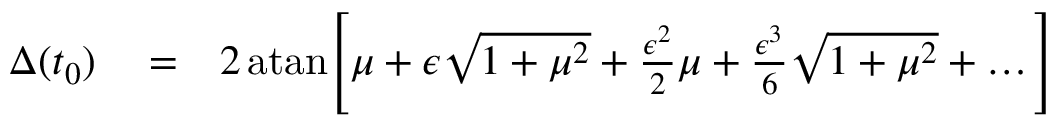
\begin{array} { r l r } { \Delta ( t _ { 0 } ) } & { { } = } & { 2 \, \mathrm { a t a n } \Bigg [ \mu + \epsilon \sqrt { 1 + \mu ^ { 2 } } + { \frac { \epsilon ^ { 2 } } { 2 } } \mu + { \frac { \epsilon ^ { 3 } } { 6 } } \sqrt { 1 + \mu ^ { 2 } } + \ldots \Bigg ] } \end{array}